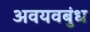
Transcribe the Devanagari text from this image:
अवयवबुंध